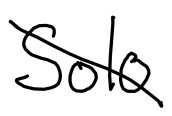
Text: Solo
Cross-out: mix
Writing tool: digital_black